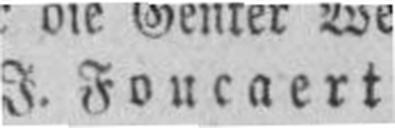
I. Foucaert